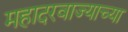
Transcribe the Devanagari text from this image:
महादरवाज्याच्या